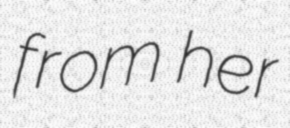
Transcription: from her